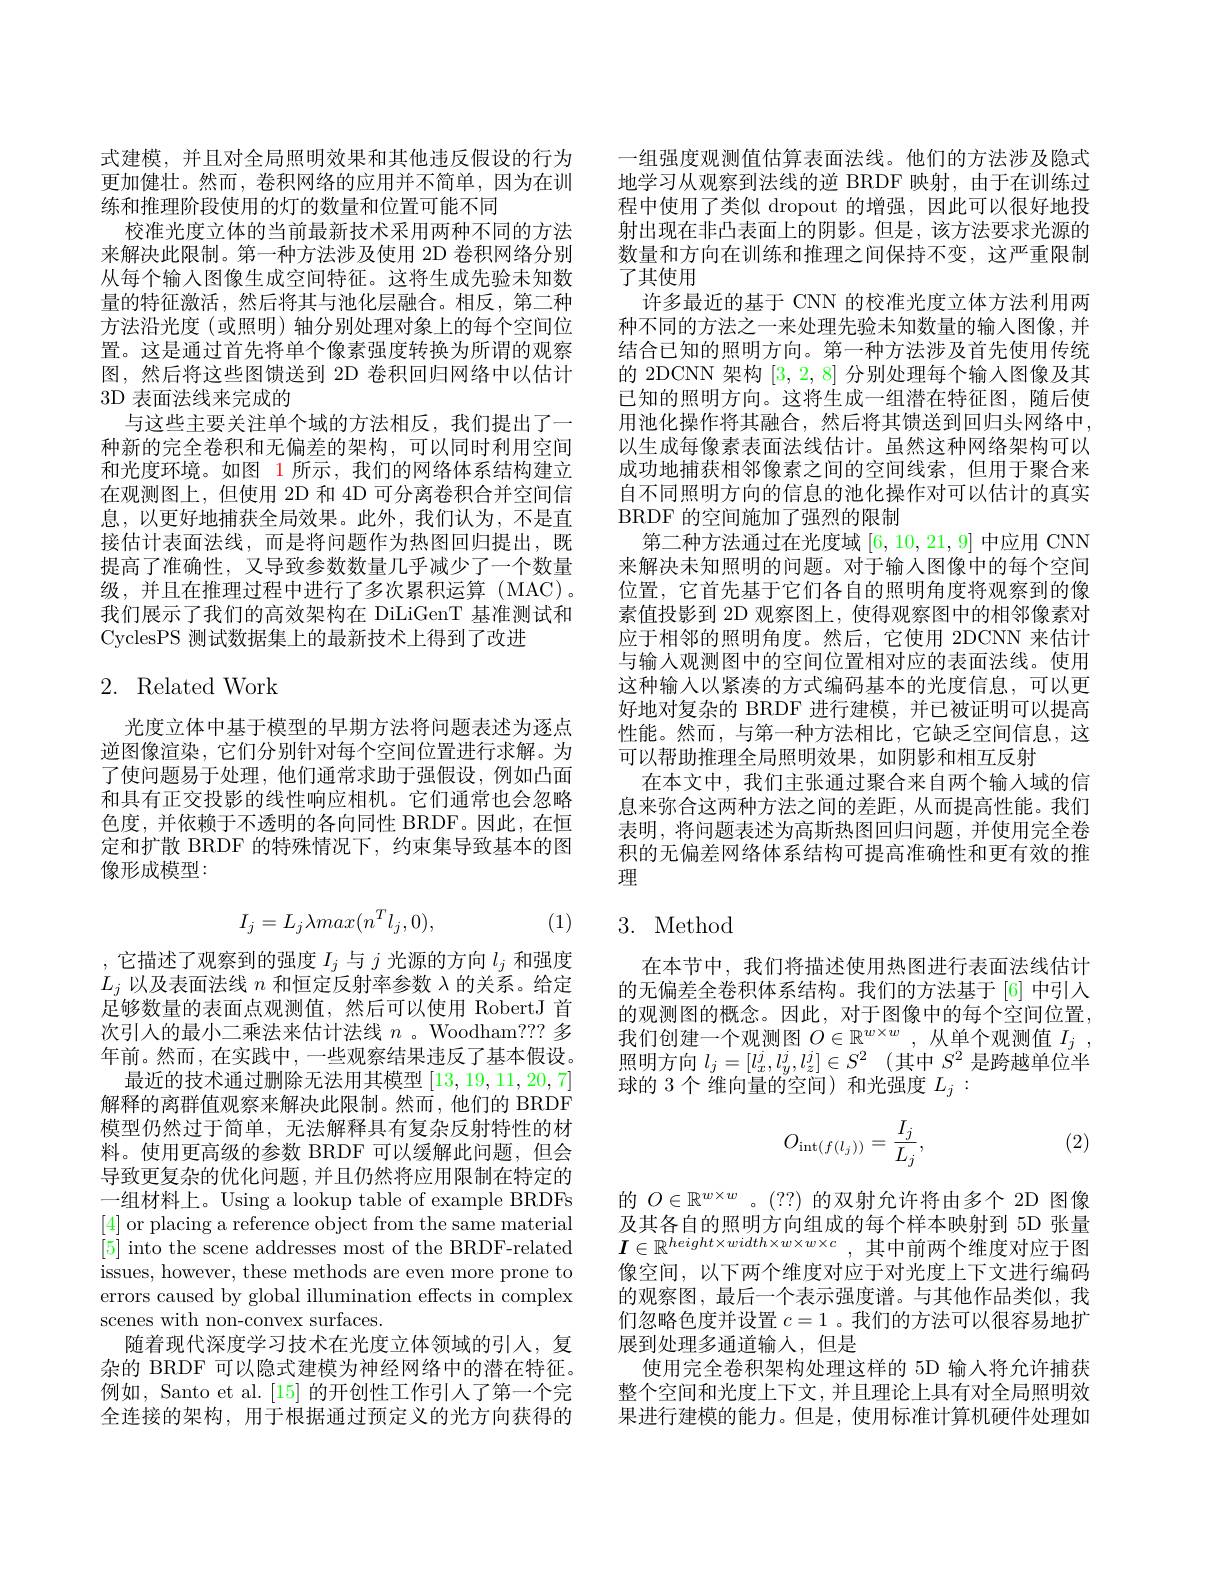
式建模，并且对全局照明效果和其他违反假设的行为更加健壮。然而，卷积网络的应用并不简单，因为在训练和推理阶段使用的灯的数量和位置可能不同
校准光度立体的当前最新技术采用两种不同的方法来解决此限制。第一种方法涉及使用 2D 卷积网络分别从每个输入图像生成空间特征。这将生成先验未知数量的特征激活，然后将其与池化层融合。相反，第二种方法沿光度 (或照明) 轴分别处理对象上的每个空间位置。这是通过首先将单个像素强度转换为所谓的观察图，然后将这些图馈送到 2D 卷积回归网络中以估计3D 表面法线来完成的
与这些主要关注单个域的方法相反，我们提出了一种新的完全卷积和无偏差的架构，可以同时利用空间和光度环境。如图 1 所示 , 我们的网络体系结构建立在观测图上，但使用 2D 和 4D 可分离卷积合并空间信息，以更好地捕获全局效果。此外，我们认为，不是直接估计表面法线，而是将问题作为热图回归提出，既提高了准确性，又导致参数数量几乎减少了一个数量级，并且在推理过程中进行了多次累积运算(MAC)。我们展示了我们的高效架构在 DiLiGenT 基准测试和CyclesPS 测试数据集上的最新技术上得到了改进

# 2. Related Work

光度立体中基于模型的早期方法将问题表述为逐点逆图像渲染，它们分别针对每个空间位置进行求解。为了使问题易于处理，他们通常求助于强假设，例如凸面和具有正交投影的线性响应相机。它们通常也会忽略色度，并依赖于不透明的各向同性 BRDF。因此，在恒定和扩散 BRDF 的特殊情况下，约束集导致基本的图像形成模型：
$$I_j=L_j\lambda max(n^Tl_j,0),$$
(1)

,它描述了观察到的强度$I_j$与$j$光$L_j$以及表面法线$n$和恒定反射率参数$\lambda$ 足够数量的表面点观测值，然后可以使用 RobertJ 首次引入的最小二乘法来估计法线$n$ 。Woodham? 年前。然而，在实践中，一些观察结果违反了基本假设。
最近的技术通过删除无法用其模型[13,19,11,2解释的离群值观察来解决此限制。然而，他们的 BRDF 模型仍然过于简单，无法解释具有复杂反射特性的材料。使用更高级的参数 BRDF 可以缓解此问题，但会导致更复杂的优化问题，并且仍然将应用限制在特定的一组材料上。Using a lookup table of example BRDFs [4] or placing a reference object from the same material [5] into the scene addresses most of the BRDF-related issues, however, these methods are even more prone to errors caused by global illumination effects in complex scenes with non-convex surfaces.
随着现代深度学习技术在光度立体领域的引人，复杂的 BRDF 可以隐式建模为神经网络中的潜在特征。例如，Santo et al. [15] 的开创性工作引人了第一个完全连接的架构，用于根据通过预定义的光方向获得的

一组强度观测值估算表面法线。他们的方法涉及隐式地学习从观察到法线的逆 BRDF 映射，由于在训练过程中使用了类似 dropout 的增强，因此可以很好地投射出现在非凸表面上的阴影。但是，该方法要求光源的数量和方向在训练和推理之间保持不变，这严重限制了其使用
许多最近的基于 CNN 的校准光度立体方法利用两种不同的方法之一来处理先验未知数量的输入图像，并结合已知的照明方向。第一种方法涉及首先使用传统的 2DCNN 架构[3,2,8]分别处理每个输入图像及其已知的照明方向。这将生成一组潜在特征图，随后使用池化操作将其融合，然后将其馈送到回归头网络中， 以生成每像素表面法线估计。虽然这种网络架构可以成功地捕获相邻像素之间的空间线索，但用于聚合来自不同照明方向的信息的池化操作对可以估计的真实BRDF 的空间施加了强烈的限制
第二种方法通过在光度域[6,10,21,9]中应用 CNN 来解决未知照明的问题。对于输入图像中的每个空间位置，它首先基于它们各自的照明角度将观察到的像素值投影到 2D 观察图上，使得观察图中的相邻像素对应于相邻的照明角度。然后，它使用 2DCNN 来估计与输入观测图中的空间位置相对应的表面法线。使用这种输人以紧凑的方式编码基本的光度信息，可以更好地对复杂的 BRDF 进行建模，并已被证明可以提高性能。然而，与第一种方法相比，它缺乏空间信息，这可以帮助推理全局照明效果，如阴影和相互反射
在本文中，我们主张通过聚合来自两个输人域的信息来弥合这两种方法之间的差距，从而提高性能。我们表明，将问题表述为高斯热图回归问题，并使用完全卷积的无偏差网络体系结构可提高准确性和更有效的推理

# 3. Method

在本节中，我们将描述使用热图进行表面法线估计的无偏差全卷积体系结构。我们的方法基于[6]中引入的观测图的概念。因此，对于图像中的每个空间位置， 我们创建一个观测图$O\in\mathbb{R}^w\times w$,从单个观测值$I_j$, 照明方向$l_j=[l_x^j,l_y^j,l_z^j]$ 球的 3 个 维向量的空间) 和光强度$L_j:$

(2)
$$O_{\mathrm{int}(f(l_j))}=\frac{I_j}{L_j},$$
的$O\in\mathbb{R}^{w\times w}$ 。(??)的双射允许将及其各自的照明方向组成的每个样本映射到 5D 张量$I\in\mathbb{R}^{height\times width\times w\times w\times c}$ 像空间，以下两个维度对应于对光度上下文进行编码的观察图，最后一个表示强度谱。与其他作品类似，我们忽略色度并设置$c=1$ 。我们的方法可以很容易地扩展到处理多通道输入，但是
使用完全卷积架构处理这样的 5D 输人将允许捕获整个空间和光度上下文，并且理论上具有对全局照明效果进行建模的能力。但是，使用标准计算机硬件处理如